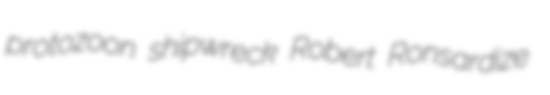
protozoon shipwreck Robert Ronsardize